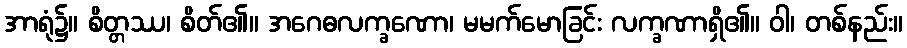
အာရုံ၌။ စိတ္တဿ၊ စိတ်၏။ အဂေဓလက္ခဏော၊ မမက်မောခြင်း လက္ခဏာရှိ၏။ ဝါ၊ တစ်နည်း။